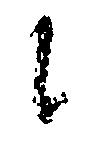
に